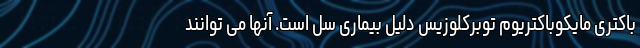
باکتری مایکوباکتریوم توبرکلوزیس دلیل بیماری سل است. آنها می توانند